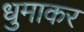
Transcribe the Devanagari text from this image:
धुमाकर